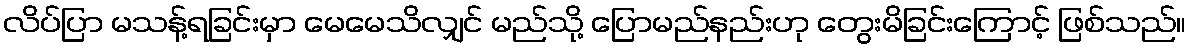
လိပ်ပြာ မသန့်ရခြင်းမှာ မေမေသိလျှင် မည်သို့ ပြောမည်နည်းဟု တွေးမိခြင်းကြောင့် ဖြစ်သည်။